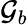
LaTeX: \mathcal{G}_{b}